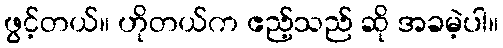
ဖွင့်တယ်။ ဟိုတယ်က ဧည့်သည် ဆို အခမဲ့ပါ။